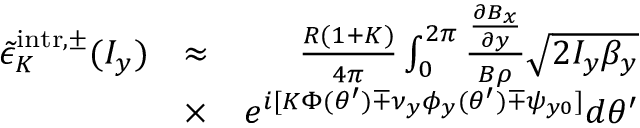
\begin{array} { r l r } { \tilde { \epsilon } _ { K } ^ { \mathrm { i n t r } , \pm } ( I _ { y } ) } & { \approx } & { \frac { R ( 1 + K ) } { 4 \pi } \int _ { 0 } ^ { 2 \pi } \frac { \frac { \partial B _ { x } } { \partial y } } { B \rho } \sqrt { 2 I _ { y } \beta _ { y } } } \\ & { \times } & { e ^ { i [ K \Phi ( \theta ^ { \prime } ) \mp \nu _ { y } \phi _ { y } ( \theta ^ { \prime } ) \mp \psi _ { y 0 } ] } d \theta ^ { \prime } } \end{array}